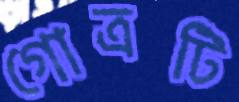
গোত্রটি